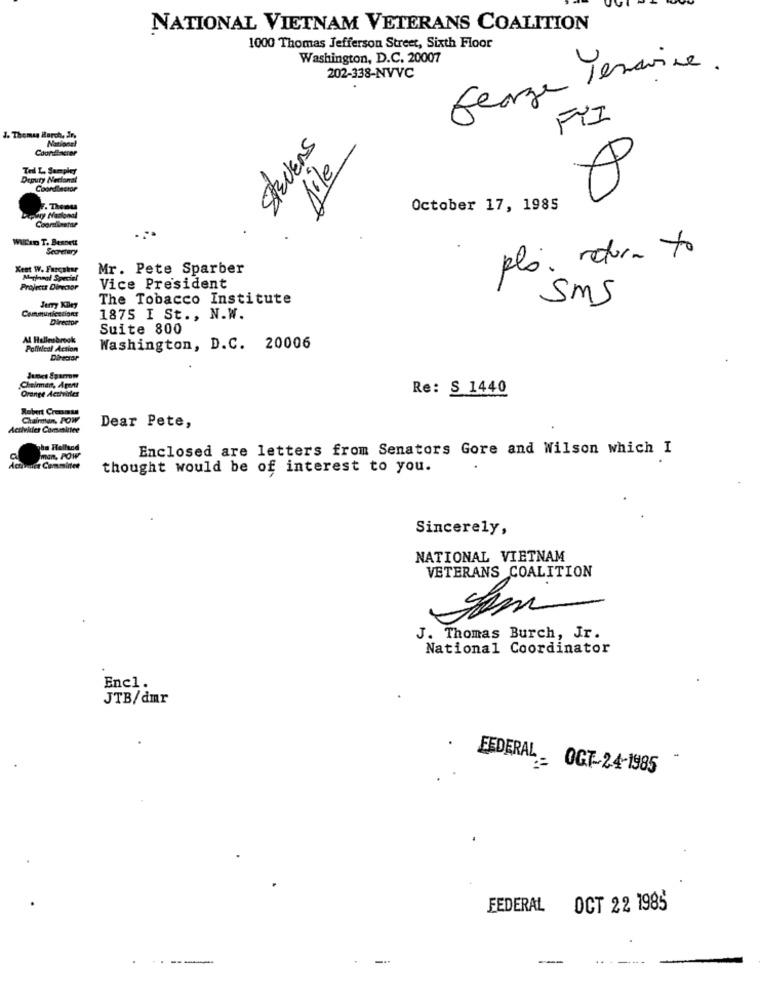
NATIONAL VIETNAM VETERANS COALITION
1000 Thomas Jefferson Street, Sixth Floor
Washington, D.C. 20007
George lenavire.
202-338-NVVC
FYI
J. Thomas March, in,
National
Stevens
Coordinctor
· file
Ted L. Sampley
Deputy Nedanal
Coordinator
October 17, 1985
Wilen T. Bennett
Secretary
pla. rotura to
Kent W. Furcaher
Mr. Pete Sparber
Meineal Special
Projects Director
Vice President
The Tobacco Institute
sms
Communications
Jerry Kiley
Director
1875 I St ., N.W.
Suite 800
Al Hullesbrook
Political Action
Washington, D.C. 20006
Director
Orange Activires
Chairman, Agent
Re: S 1440
Chaintien, POW
Dear Pete,
Activities Committee
ha Holland
Enclosed are letters from Senators Gore and Wilson which I
man, POW
Activet Committee
thought would be of interest to you.
Sincerely,
NATIONAL VIETNAM
VETERANS COALITION
J. Thomas Burch, Jr.
National Coordinator
Encl.
JTB/dmr
FEDERAL- OCT-24-1985
FEDERAL
OCT 22 1985
-----
-
--